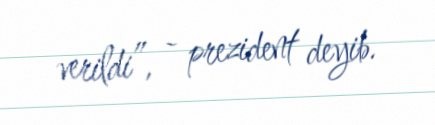
verildi”, - prezident deyib.